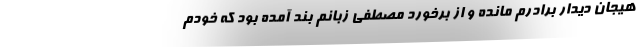
هیجان دیدار برادرم مانده و از برخورد مصطفی زبانم بند آمده بود که خودم